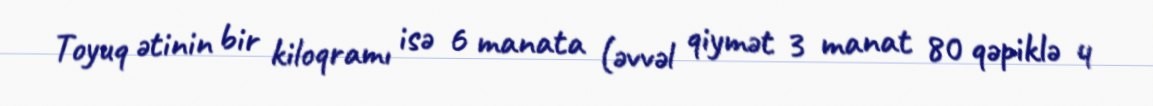
Toyuq ətinin bir kiloqramı isə 6 manata (əvvəl qiymət 3 manat 80 qəpiklə 4